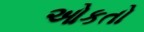
ઓકતો